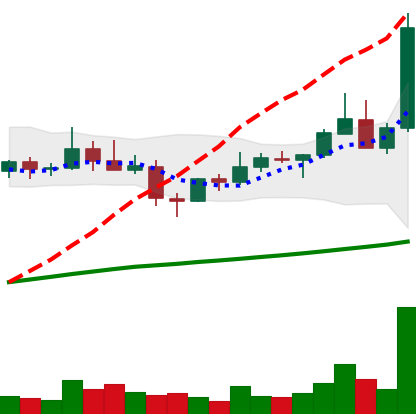
Ticker: XLM-USD
Chart end date: 2021-04-05
Forward return: 4.747%
Label: up_3_5